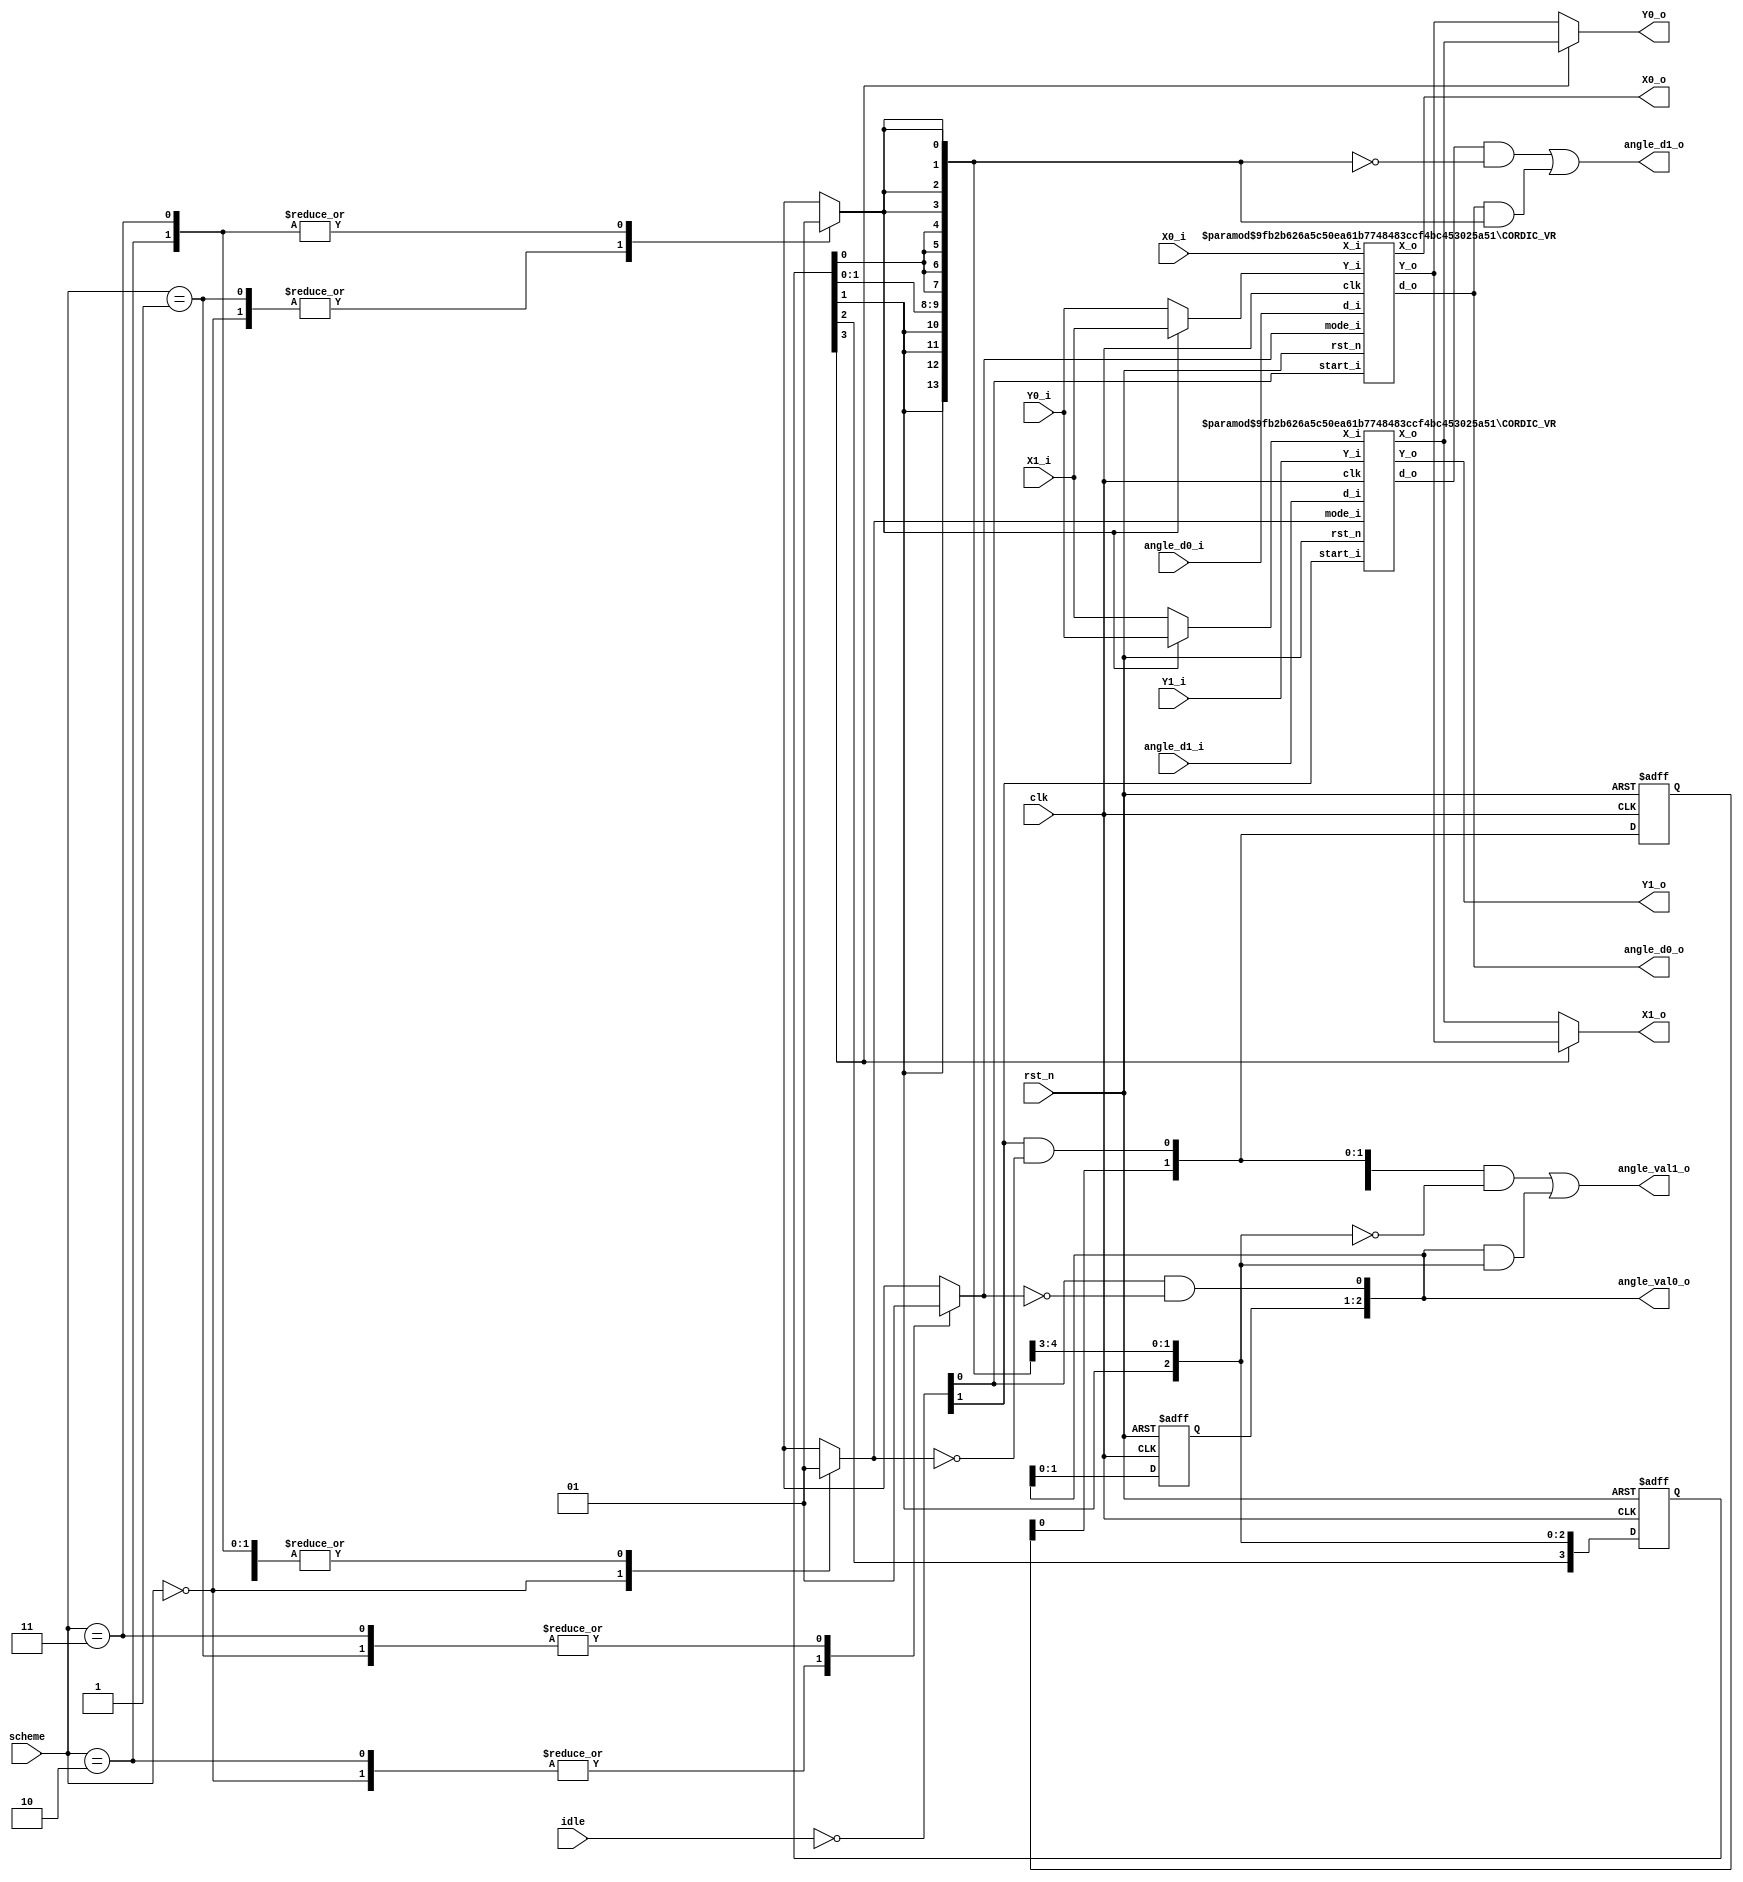
module PE_VR(
    clk,
    rst_n,
    idle,
    scheme,

    X0_i,
    Y0_i,
    X1_i,
    Y1_i,
    angle_d0_i,
    angle_d1_i,

    X0_o,
    Y0_o,
    X1_o,
    Y1_o,
    angle_d0_o,
    angle_d1_o,
    angle_val0_o,
    angle_val1_o 

    //out_valid

);

    parameter BITWIDTH   = 18;
    parameter CORDIC_NUM = 14;
    localparam PIPE_NUM  = 4;

    localparam SCHEME0 = 2'b00;
    localparam SCHEME1 = 2'b01;
    localparam SCHEME2 = 2'b10;
    localparam SCHEME3 = 2'b11;

    input clk;
    input rst_n;
    input [1:0] idle;
    input [1:0] scheme;

    input signed [BITWIDTH-1:0] X0_i;
    input signed [BITWIDTH-1:0] Y0_i;
    input signed [BITWIDTH-1:0] X1_i;
    input signed [BITWIDTH-1:0] Y1_i;
    input [CORDIC_NUM-1:0] angle_d0_i, angle_d1_i;

    output signed [BITWIDTH-1:0] X0_o;
    output signed [BITWIDTH-1:0] Y0_o;
    output signed [BITWIDTH-1:0] X1_o;
    output signed [BITWIDTH-1:0] Y1_o;
    output [CORDIC_NUM-1:0] angle_d0_o, angle_d1_o;
    output [PIPE_NUM-2:0] angle_val0_o, angle_val1_o;

    //output out_valid;



    wire COR_start_0, COR_start_1;
    wire signed [BITWIDTH-1:0] COR_Xin_0, COR_Xin_1;
    wire signed [BITWIDTH-1:0] COR_Yin_0, COR_Yin_1;
    wire [CORDIC_NUM-1:0] COR_din_0, COR_din_1;
    wire signed [BITWIDTH-1:0] COR_Xout_0, COR_Xout_1;
    wire signed [BITWIDTH-1:0] COR_Yout_0, COR_Yout_1;
    wire [CORDIC_NUM-1:0] COR_dout_0, COR_dout_1;
    reg COR_mode_0, COR_mode_1;

    reg [PIPE_NUM-1:0] isswap, isswap_n;
    reg [PIPE_NUM-2:0] a0_val, a0_val_n;
    reg [PIPE_NUM-2:0] a1_val, a1_val_n;
    reg [CORDIC_NUM-1:0] same_dout;

    integer i;

    assign {COR_start_1, COR_start_0} = (~idle);
    assign COR_Xin_0 = X0_i;
    assign COR_Yin_0 = (isswap_n[0])? X1_i : Y0_i;
    assign COR_Xin_1 = (isswap_n[0])? Y0_i : X1_i;
    assign COR_Yin_1 = Y1_i;
    assign COR_din_0 = angle_d0_i;
    assign COR_din_1 = angle_d1_i;


    assign X0_o = COR_Xout_0;
    assign Y0_o = (isswap[PIPE_NUM-1])?  COR_Xout_1 : COR_Yout_0;
    assign X1_o = (isswap[PIPE_NUM-1])?  COR_Yout_0 : COR_Xout_1;
    assign Y1_o = COR_Yout_1;
    assign angle_d0_o = COR_dout_0;
    assign angle_d1_o = (COR_dout_1 & (~same_dout)) | (COR_dout_0 & (same_dout));
    assign angle_val0_o = {a0_val, COR_start_0 & (~COR_mode_0)};
    assign angle_val1_o = ({a1_val, COR_start_1 & (~COR_mode_1)} & ~{isswap[PIPE_NUM-3:0], isswap_n[0]}) | ({a0_val, COR_start_0 & (~COR_mode_0)} & {isswap[PIPE_NUM-3:0], isswap_n[0]}); 

    CORDIC_VR #(BITWIDTH,CORDIC_NUM) CORDIC0(
        .clk(clk),   
        .rst_n(rst_n),
        .start_i(COR_start_0),
        .mode_i(COR_mode_0),
        .X_i(COR_Xin_0),
        .Y_i(COR_Yin_0),
        .d_i(COR_din_0),
        .X_o(COR_Xout_0),
        .Y_o(COR_Yout_0),
        .d_o(COR_dout_0)
    );

    CORDIC_VR #(BITWIDTH,CORDIC_NUM) CORDIC1(
        .clk(clk),   
        .rst_n(rst_n),
        .start_i(COR_start_1),
        .mode_i(COR_mode_1),
        .X_i(COR_Xin_1),
        .Y_i(COR_Yin_1),
        .d_i(COR_din_1),
        .X_o(COR_Xout_1),
        .Y_o(COR_Yout_1),
        .d_o(COR_dout_1)
    );

    always @(*) begin
        for(i=0;i<4;i=i+1) begin
            same_dout[i] = isswap_n[0];
        end
        for(i=4;i<9;i=i+1) begin
            same_dout[i] = isswap[0];
        end
        for(i=9;i<14;i=i+1) begin
            same_dout[i] = isswap[1];
        end
    end

    always @(*) begin
        case(scheme)
            SCHEME0: begin
                isswap_n[0] = 0;
                COR_mode_0 = 0;
                COR_mode_1 = 0;
            end
            SCHEME1: begin
                isswap_n[0] = 0;
                COR_mode_0 = 1;
                COR_mode_1 = 1;
            end
            SCHEME2: begin
                isswap_n[0] = 1;
                COR_mode_0 = 0;
                COR_mode_1 = 1;
            end
            SCHEME3: begin
                isswap_n[0] = 1;
                COR_mode_0 = 1;
                COR_mode_1 = 1;
            end
        endcase

        for(i=1;i<PIPE_NUM;i=i+1) begin
            isswap_n[i] = isswap[i-1];
        end

        a0_val_n[0] = COR_start_0 & (~COR_mode_0);
        a1_val_n[0] = COR_start_1 & (~COR_mode_1);

        for(i=1;i<PIPE_NUM-1;i=i+1) begin
            a0_val_n[i] = a0_val[i-1];
            a1_val_n[i] = a1_val[i-1];
        end    
    end

    always @(posedge clk or negedge rst_n) begin
        if(~rst_n) begin
            for(i=0;i<PIPE_NUM;i=i+1) begin
                isswap[i] <= 0;
            end
            for(i=0;i<PIPE_NUM-1;i=i+1) begin
                a0_val[i] = 0;
                a1_val[i] = 0;
            end
        end 
        else begin
            for(i=0;i<PIPE_NUM;i=i+1) begin
                isswap[i] <= isswap_n[i];
            end
            for(i=0;i<PIPE_NUM-1;i=i+1) begin
                a0_val[i] = a0_val_n[i];
                a1_val[i] = a1_val_n[i];
            end
        end
    end

    
endmodule // PE


module CORDIC_VR(
    // Input
    clk,   
    rst_n,
    start_i,
    mode_i,
    X_i,
    Y_i,
    d_i,
    // Output
    X_o,
    Y_o,
    d_o,
);
    
    parameter BITWIDTH   = 18;
    parameter CORDIC_NUM = 14;
    localparam PIPE_NUM  = 4;

    localparam VECTOR = 1'b0;
    localparam ROTATE = 1'b1;

    localparam K = 15'b010011011011101;

    input clk;
    input rst_n;

    input start_i;
    input mode_i;
    input signed [BITWIDTH-1:0] X_i; 
    input signed [BITWIDTH-1:0] Y_i;
    input wire [CORDIC_NUM-1:0] d_i; 
    
    output signed [BITWIDTH-1:0] X_o; 
    output signed [BITWIDTH-1:0] Y_o;
    output reg [CORDIC_NUM-1:0] d_o;

    // Register
    reg [PIPE_NUM-3:0] mode, mode_n;
    reg signed [BITWIDTH:0] X_reg   [0:PIPE_NUM-1];
    reg signed [BITWIDTH:0] X_reg_n [0:PIPE_NUM-1];
    reg signed [BITWIDTH:0] Y_reg   [0:PIPE_NUM-1];
    reg signed [BITWIDTH:0] Y_reg_n [0:PIPE_NUM-1];
    reg signed [BITWIDTH:0] X_tmp   [0:CORDIC_NUM-PIPE_NUM];
    reg signed [BITWIDTH:0] Y_tmp   [0:CORDIC_NUM-PIPE_NUM];

    wire signed [15+BITWIDTH-1:0] scaling_X, scaling_Y;

    integer i;

    assign scaling_X = $signed(X_reg[PIPE_NUM-2]) * $signed(K);
    assign scaling_Y = $signed(Y_reg[PIPE_NUM-2]) * $signed(K);
    assign X_o = X_reg[PIPE_NUM-1][BITWIDTH-1:0];
    assign Y_o = Y_reg[PIPE_NUM-1][BITWIDTH-1:0];

    always @(*) begin

        if(start_i) begin
            mode_n[0] = mode_i;
        end
        else begin
            mode_n[0] = ROTATE;
        end

        case (mode_i)
            VECTOR: begin
                if(X_i[BITWIDTH-1] ^ Y_i[BITWIDTH-1]) begin
                    X_tmp[0] = X_i - Y_i;
                    Y_tmp[0] = Y_i + X_i;
                end
                else begin
                    X_tmp[0] = X_i + Y_i;
                    Y_tmp[0] = Y_i - X_i;
                end

                for(i=1;i<3;i=i+1) begin
                    if(X_tmp[i-1][BITWIDTH] ^ Y_tmp[i-1][BITWIDTH]) begin
                        X_tmp[i] = X_tmp[i-1] - (Y_tmp[i-1] >>> i);
                        Y_tmp[i] = Y_tmp[i-1] + (X_tmp[i-1] >>> i);
                    end
                    else begin
                        X_tmp[i] = X_tmp[i-1] + (Y_tmp[i-1] >>> i);
                        Y_tmp[i] = Y_tmp[i-1] - (X_tmp[i-1] >>> i);
                    end
                end

                if(X_tmp[2][BITWIDTH] ^ Y_tmp[2][BITWIDTH]) begin
                    X_reg_n[0] = X_tmp[2] - (Y_tmp[2] >>> 3);
                    Y_reg_n[0] = Y_tmp[2] + (X_tmp[2] >>> 3);
                end
                else begin
                    X_reg_n[0] = X_tmp[2] + (Y_tmp[2] >>> 3);
                    Y_reg_n[0] = Y_tmp[2] - (X_tmp[2] >>> 3);
                end
            end

            ROTATE: begin
                if(d_i[0]) begin
                    X_tmp[0] = X_i - Y_i;
                    Y_tmp[0] = Y_i + X_i;
                end
                else begin
                    X_tmp[0] = X_i + Y_i;
                    Y_tmp[0] = Y_i - X_i;
                end

                for(i=1;i<3;i=i+1) begin
                    if(d_i[i]) begin
                        X_tmp[i] = X_tmp[i-1] - (Y_tmp[i-1] >>> i);
                        Y_tmp[i] = Y_tmp[i-1] + (X_tmp[i-1] >>> i);
                    end
                    else begin
                        X_tmp[i] = X_tmp[i-1] + (Y_tmp[i-1] >>> i);
                        Y_tmp[i] = Y_tmp[i-1] - (X_tmp[i-1] >>> i);
                    end
                end

                if(d_i[3]) begin
                    X_reg_n[0] = X_tmp[2] - (Y_tmp[2] >>> 3);
                    Y_reg_n[0] = Y_tmp[2] + (X_tmp[2] >>> 3);
                end
                else begin
                    X_reg_n[0] = X_tmp[2] + (Y_tmp[2] >>> 3);
                    Y_reg_n[0] = Y_tmp[2] - (X_tmp[2] >>> 3);
                end
            end
        endcase


        case (mode[0])
            VECTOR: begin
                if(X_reg[0][BITWIDTH] ^ Y_reg[0][BITWIDTH]) begin
                    X_tmp[3] = X_reg[0] - (Y_reg[0] >>> 4);
                    Y_tmp[3] = Y_reg[0] + (X_reg[0] >>> 4);
                end
                else begin
                    X_tmp[3] = X_reg[0] + (Y_reg[0] >>> 4);
                    Y_tmp[3] = Y_reg[0] - (X_reg[0] >>> 4);
                end

                for(i=4;i<7;i=i+1) begin
                    if(X_tmp[i-1][BITWIDTH] ^ Y_tmp[i-1][BITWIDTH]) begin
                        X_tmp[i] = X_tmp[i-1] - (Y_tmp[i-1] >>> i+1);
                        Y_tmp[i] = Y_tmp[i-1] + (X_tmp[i-1] >>> i+1);
                    end
                    else begin
                        X_tmp[i] = X_tmp[i-1] + (Y_tmp[i-1] >>> i+1);
                        Y_tmp[i] = Y_tmp[i-1] - (X_tmp[i-1] >>> i+1);
                    end
                end

                if(X_tmp[6][BITWIDTH] ^ Y_tmp[6][BITWIDTH]) begin
                    X_reg_n[1] = X_tmp[6] - (Y_tmp[6] >>> 8);
                    Y_reg_n[1] = Y_tmp[6] + (X_tmp[6] >>> 8);
                end
                else begin
                    X_reg_n[1] = X_tmp[6] + (Y_tmp[6] >>> 8);
                    Y_reg_n[1] = Y_tmp[6] - (X_tmp[6] >>> 8);
                end
            end

            ROTATE: begin
                if(d_i[4]) begin
                    X_tmp[3] = X_reg[0] - (Y_reg[0] >>> 4);
                    Y_tmp[3] = Y_reg[0] + (X_reg[0] >>> 4);
                end
                else begin
                    X_tmp[3] = X_reg[0] + (Y_reg[0] >>> 4);
                    Y_tmp[3] = Y_reg[0] - (X_reg[0] >>> 4);
                end

                for(i=4;i<7;i=i+1) begin
                    if(d_i[i+1]) begin
                        X_tmp[i] = X_tmp[i-1] - (Y_tmp[i-1] >>> i+1);
                        Y_tmp[i] = Y_tmp[i-1] + (X_tmp[i-1] >>> i+1);
                    end
                    else begin
                        X_tmp[i] = X_tmp[i-1] + (Y_tmp[i-1] >>> i+1);
                        Y_tmp[i] = Y_tmp[i-1] - (X_tmp[i-1] >>> i+1);
                    end
                end

                if(d_i[8]) begin
                    X_reg_n[1] = X_tmp[6] - (Y_tmp[6] >>> 8);
                    Y_reg_n[1] = Y_tmp[6] + (X_tmp[6] >>> 8);
                end
                else begin
                    X_reg_n[1] = X_tmp[6] + (Y_tmp[6] >>> 8);
                    Y_reg_n[1] = Y_tmp[6] - (X_tmp[6] >>> 8);
                end
            end
        endcase

        case (mode[1])
            VECTOR: begin
                if(X_reg[1][BITWIDTH] ^ Y_reg[1][BITWIDTH]) begin
                    X_tmp[7] = X_reg[1] - (Y_reg[1] >>> 9);
                    Y_tmp[7] = Y_reg[1] + (X_reg[1] >>> 9);
                end
                else begin
                    X_tmp[7] = X_reg[1] + (Y_reg[1] >>> 9);
                    Y_tmp[7] = Y_reg[1] - (X_reg[1] >>> 9);
                end

                for(i=8;i<11;i=i+1) begin
                    if(X_tmp[i-1][BITWIDTH] ^ Y_tmp[i-1][BITWIDTH]) begin
                        X_tmp[i] = X_tmp[i-1] - (Y_tmp[i-1] >>> i+2);
                        Y_tmp[i] = Y_tmp[i-1] + (X_tmp[i-1] >>> i+2);
                    end
                    else begin
                        X_tmp[i] = X_tmp[i-1] + (Y_tmp[i-1] >>> i+2);
                        Y_tmp[i] = Y_tmp[i-1] - (X_tmp[i-1] >>> i+2);
                    end
                end

                if(X_tmp[10][BITWIDTH] ^ Y_tmp[10][BITWIDTH]) begin
                    X_reg_n[2] = X_tmp[10] - (Y_tmp[10] >>> 13);
                    Y_reg_n[2] = Y_tmp[10] + (X_tmp[10] >>> 13);
                end
                else begin
                    X_reg_n[2] = X_tmp[10] + (Y_tmp[10] >>> 13);
                    Y_reg_n[2] = Y_tmp[10] - (X_tmp[10] >>> 13);
                end
            end
            ROTATE: begin
                if(d_i[9]) begin
                    X_tmp[7] = X_reg[1] - (Y_reg[1] >>> 9);
                    Y_tmp[7] = Y_reg[1] + (X_reg[1] >>> 9);
                end
                else begin
                    X_tmp[7] = X_reg[1] + (Y_reg[1] >>> 9);
                    Y_tmp[7] = Y_reg[1] - (X_reg[1] >>> 9);
                end

                for(i=8;i<11;i=i+1) begin
                    if(d_i[i+2]) begin
                        X_tmp[i] = X_tmp[i-1] - (Y_tmp[i-1] >>> i+2);
                        Y_tmp[i] = Y_tmp[i-1] + (X_tmp[i-1] >>> i+2);
                    end
                    else begin
                        X_tmp[i] = X_tmp[i-1] + (Y_tmp[i-1] >>> i+2);
                        Y_tmp[i] = Y_tmp[i-1] - (X_tmp[i-1] >>> i+2);
                    end
                end

                if(d_i[13]) begin
                    X_reg_n[2] = X_tmp[10] - (Y_tmp[10] >>> 13);
                    Y_reg_n[2] = Y_tmp[10] + (X_tmp[10] >>> 13);
                end
                else begin
                    X_reg_n[2] = X_tmp[10] + (Y_tmp[10] >>> 13);
                    Y_reg_n[2] = Y_tmp[10] - (X_tmp[10] >>> 13);
                end
            end
        endcase

        for(i=1;i<PIPE_NUM-2;i=i+1) begin
            mode_n[i] = mode[i-1];
        end

        X_reg_n[PIPE_NUM-1] = {1'b0,{scaling_X[15+BITWIDTH-1], scaling_X[15+BITWIDTH-3:BITWIDTH-4]}};//+ scaling_X[BITWIDTH-5]};
        Y_reg_n[PIPE_NUM-1] = {1'b0,{scaling_Y[15+BITWIDTH-1], scaling_Y[15+BITWIDTH-3:BITWIDTH-4]}};//+ scaling_Y[BITWIDTH-5]};
    end

    always @(*) begin

        case (mode_i)
            VECTOR: begin
                if(X_i[BITWIDTH-1] ^ Y_i[BITWIDTH-1]) begin
                    d_o[0] = 1'b1;
                end
                else begin
                    d_o[0] = 1'b0;
                end
                for(i=1;i<4;i=i+1) begin
                    if(X_tmp[i-1][BITWIDTH] ^ Y_tmp[i-1][BITWIDTH]) begin
                        d_o[i] = 1'b1;
                    end
                    else begin
                        d_o[i] = 1'b0;
                    end
                end
            end
            ROTATE: begin
                for(i=0;i<4;i=i+1) begin
                    d_o[i] = 1'b0;
                end
            end
        endcase

        case(mode[0])
            VECTOR: begin
                if(X_reg[0][BITWIDTH] ^ Y_reg[0][BITWIDTH]) begin
                    d_o[4] = 1'b1;
                end
                else begin
                    d_o[4] = 1'b0;
                end
                for(i=5;i<9;i=i+1) begin
                    if(X_tmp[i-2][BITWIDTH] ^ Y_tmp[i-2][BITWIDTH]) begin
                        d_o[i] = 1'b1;
                    end
                    else begin
                        d_o[i] = 1'b0;
                    end
                end
            end

            ROTATE: begin
                for(i=4;i<9;i=i+1) begin
                    d_o[i] = 1'b0;
                end
            end
        endcase

        case(mode[1])
            VECTOR: begin
                if(X_reg[1][BITWIDTH] ^ Y_reg[1][BITWIDTH]) begin
                    d_o[9] = 1'b1;
                end
                else begin
                    d_o[9] = 1'b0;
                end
                for(i=10;i<14;i=i+1) begin
                    if(X_tmp[i-3][BITWIDTH] ^ Y_tmp[i-3][BITWIDTH]) begin
                        d_o[i] = 1'b1;
                    end
                    else begin
                        d_o[i] = 1'b0;
                    end
                end
            end

            ROTATE: begin
                for(i=9;i<14;i=i+1) begin
                    d_o[i] = 1'b0;
                end
            end
        endcase
        
    end

    always @(posedge clk or negedge rst_n) begin
        if(~rst_n) begin
            for(i=0;i<PIPE_NUM;i=i+1) begin
                X_reg[i] <= 0;
                Y_reg[i] <= 0;
            end
            for(i=0;i<PIPE_NUM-2;i=i+1) begin
                mode[i]  <= 6'b111111;
            end
        end 
        else begin
            for(i=0;i<PIPE_NUM;i=i+1) begin
                X_reg[i] <= X_reg_n[i];
                Y_reg[i] <= Y_reg_n[i];
            end
            for(i=0;i<PIPE_NUM-2;i=i+1) begin
                mode[i]  <= mode_n[i];
            end
        end
    end

endmodule